Document type: Acquittal of debt
Year: 1424
Scribe: Francesc de Casanoves
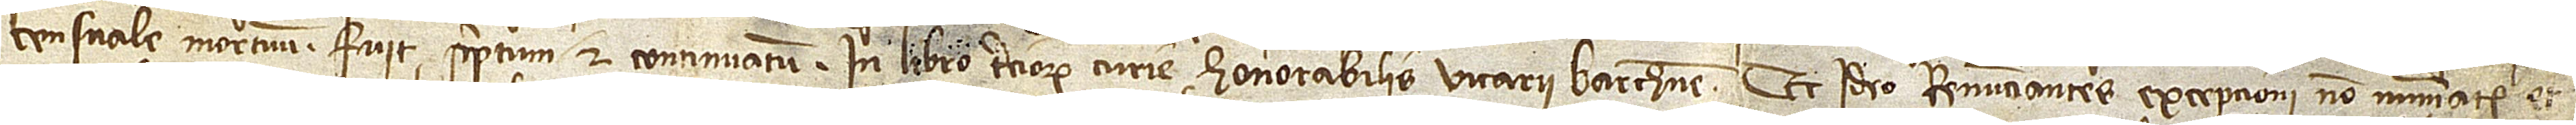
censuale mortuum fuit scriptum et continuatum in libro terciorum curie honorabilis vicarii Barchinone. Et ideo, renunciantes excepcioni non numerate et